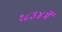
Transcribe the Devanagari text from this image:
१८३४में